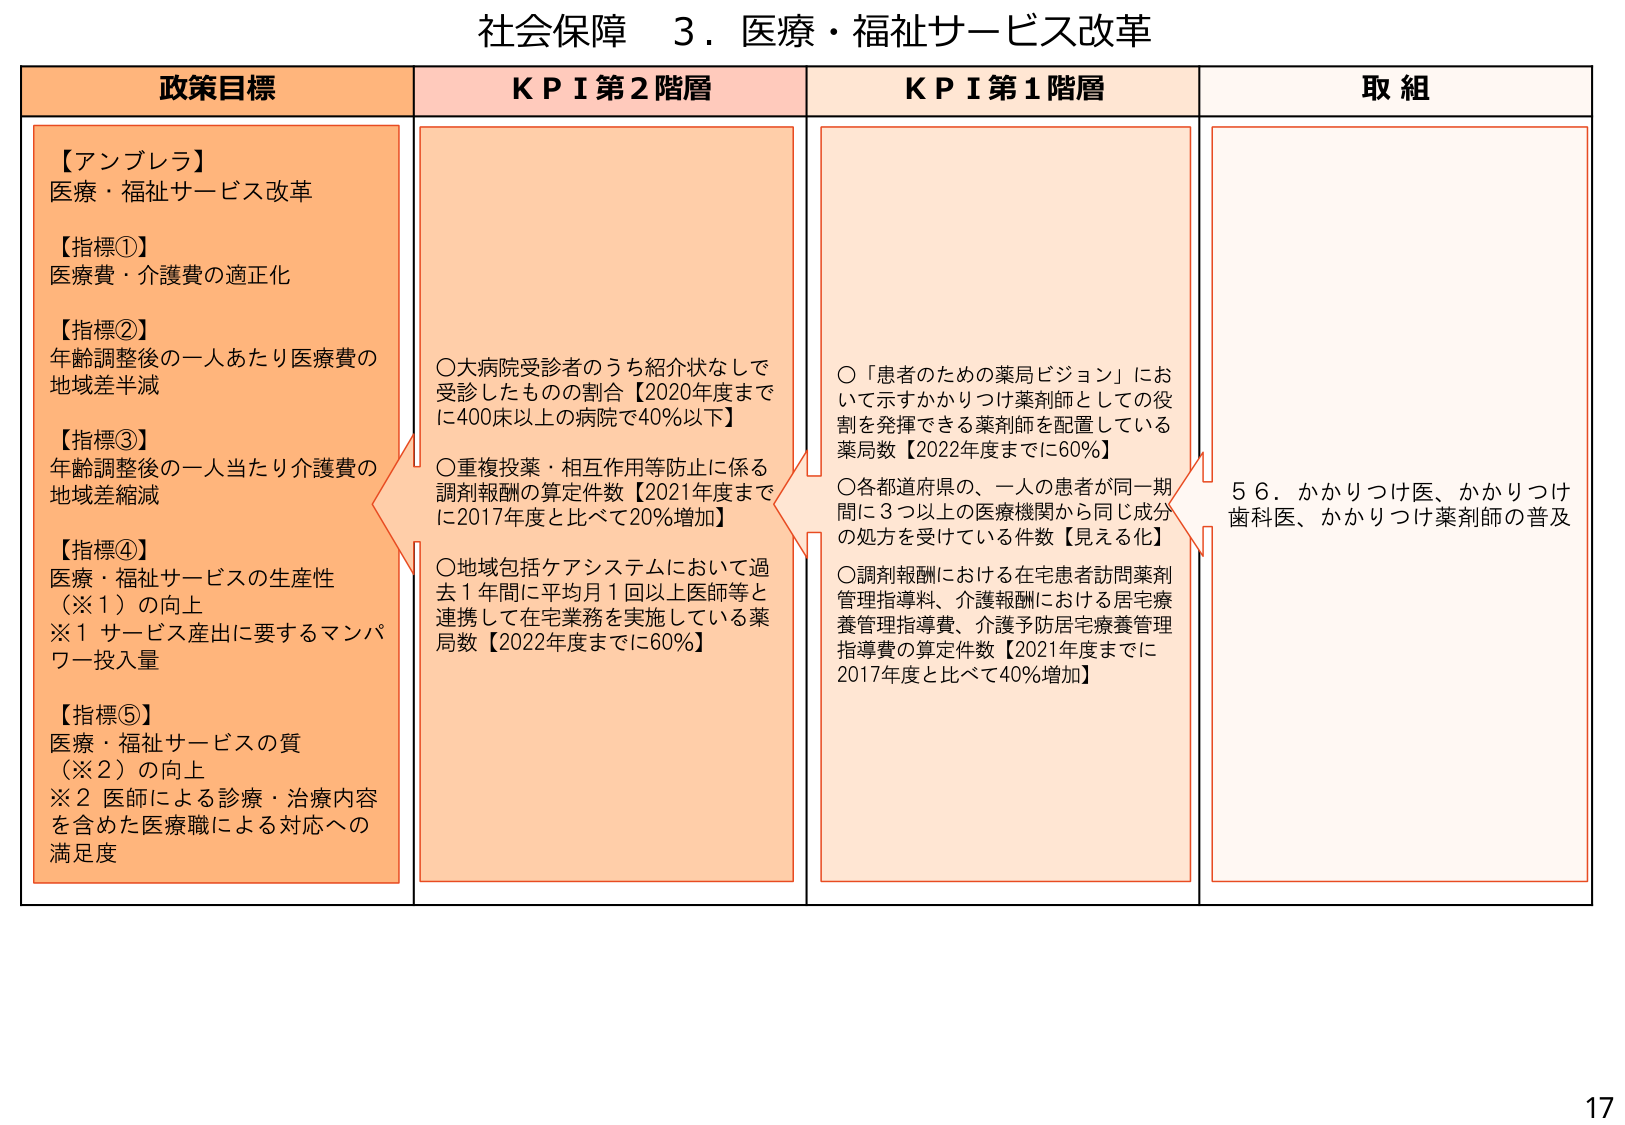
社会保障 ３．医療・福祉サービス改革

政策目標
【アンブレラ】
医療・福祉サービス改革
【指標①】
医療費・介護費の適正化
【指標②】
年齢調整後の一人あたり医療費の
地域差半減
【指標③】
年齢調整後の一人当たり介護費の
地域差縮減
【指標④】
医療・福祉サービスの生産性
（※１）の向上
※１ サービス産出に要するマンパ
ワー投入量
【指標⑤】
医療・福祉サービスの質
（※２）の向上
※２ 医師による診療・治療内容
を含めた医療職による対応への
満足度

ＫＰＩ第２階層
○大病院受診者のうち紹介状なしで
受診したものの割合【2020年度まで
に400床以上の病院で40％以下】
○重複投薬・相互作用等防止に係る
調剤報酬の算定件数【2021年度まで
に2017年度と比べて20％増加】
○地域包括ケアシステムにおいて過
去１年間に平均月１回以上医師等と
連携して在宅業務を実施している薬
局数【2022年度までに60％】

ＫＰＩ第１階層
○「患者のための薬局ビジョン」にお
いて示すかかりつけ薬剤師としての役
割を発揮できる薬剤師を配置している
薬局数【2022年度までに60％】
○各都道府県の、一人の患者が同一期
間に３つ以上の医療機関から同じ成分
の処方を受けている件数【見える化】
○調剤報酬における在宅患者訪問薬剤
管理指導料、介護報酬における居宅療
養管理指導費、介護予防居宅療養管理
指導費の算定件数【2021年度までに
2017年度と比べて40％増加】

取組
５６．かかりつけ医、かかりつけ
歯科医、かかりつけ薬剤師の普及

17